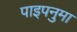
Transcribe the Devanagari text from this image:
पाइपनुमा